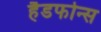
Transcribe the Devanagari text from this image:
हैडफोन्स